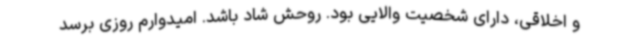
و اخلاقی، دارای شخصیت والایی بود. روحش شاد باشد. امیدوارم روزی برسد